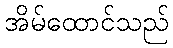
အိမ်ထောင်သည်